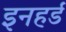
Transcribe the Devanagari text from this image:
इनहर्ड